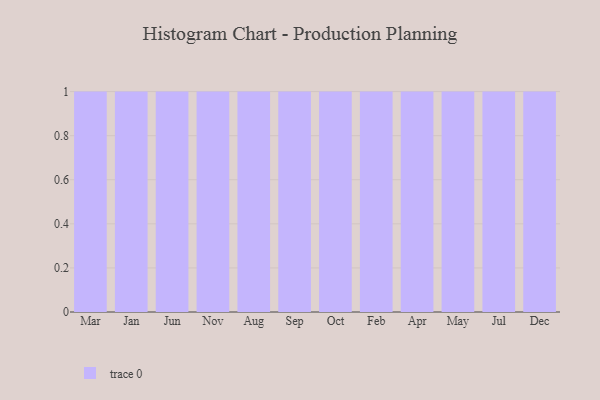
{"axis": {"x": "Month", "y": "Active Users"}, "legend": [""], "data": [{"x": "Mar", "y": 10, "type": ""}, {"x": "Jan", "y": 8, "type": ""}, {"x": "Jun", "y": 13, "type": ""}, {"x": "Nov", "y": 43, "type": ""}, {"x": "Aug", "y": 47, "type": ""}, {"x": "Sep", "y": 39, "type": ""}, {"x": "Oct", "y": 58, "type": ""}, {"x": "Feb", "y": 57, "type": ""}, {"x": "Apr", "y": 86, "type": ""}, {"x": "May", "y": 53, "type": ""}, {"x": "Jul", "y": 1, "type": ""}, {"x": "Dec", "y": 95, "type": ""}]}